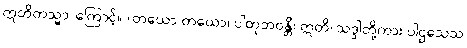
ဣတိတသ္မာ၊ ကြောင့်။ (တယော တယော၊ ပါတုဘဝန္တိ၊ ဣတိ၊ သဒ္ဒါတို့ကား ပါဌသေသ